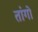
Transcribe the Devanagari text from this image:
तांगो